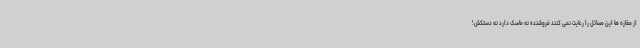
از مغازه ها این مسائل را رعایت نمی کنند فروشنده نه ماسک دارد نه دستکش!